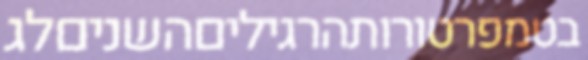
בטמפרטורותהרגיליםהשניםלג